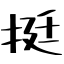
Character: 挺